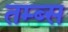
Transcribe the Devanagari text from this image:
तम्ब्स